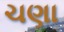
ચણા